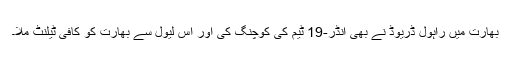
بھارت میں راہول ڈریوڈ نے بھی انڈر-19 ٹیم کی کوچنگ کی اور اس لیول سے بھارت کو کافی ٹیلنٹ ملا۔